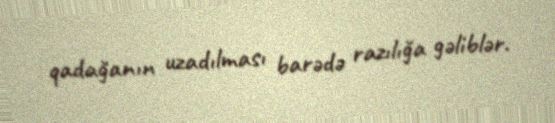
qadağanın uzadılması barədə razılığa gəliblər.